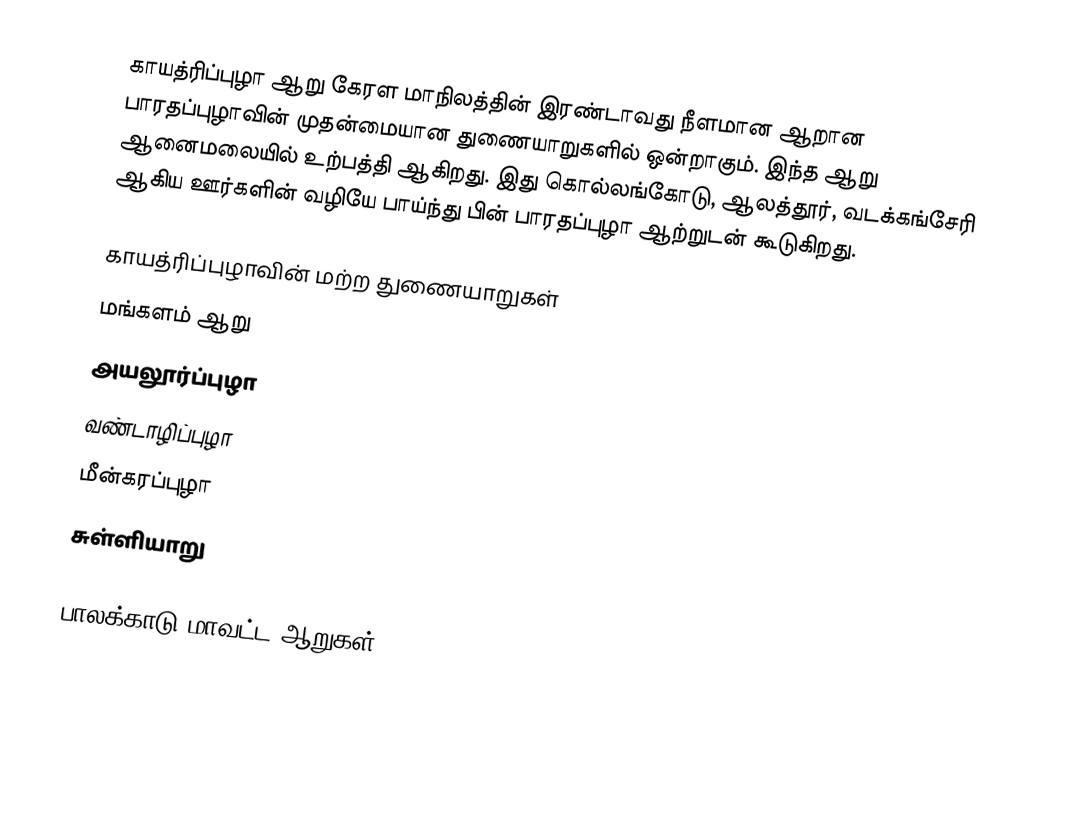
காயத்ரிப்புழா ஆறு கேரள மாநிலத்தின் இரண்டாவது நீளமான ஆறான பாரதப்புழாவின் முதன்மையான துணையாறுகளில் ஒன்றாகும். இந்த ஆறு ஆனைமலையில் உற்பத்தி ஆகிறது. இது கொல்லங்கோடு, ஆலத்தூர், வடக்கங்சேரி ஆகிய ஊர்களின் வழியே பாய்ந்து பின் பாரதப்புழா ஆற்றுடன் கூடுகிறது.

காயத்ரிப்புழாவின் மற்ற துணையாறுகள்
 மங்களம் ஆறு
 அயலூர்ப்புழா
 வண்டாழிப்புழா
 மீன்கரப்புழா
 சுள்ளியாறு

பாலக்காடு மாவட்ட ஆறுகள்